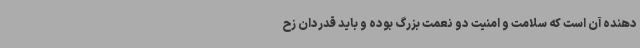
‌دهنده آن است که سلامت و امنیت دو نعمت بزرگ بوده و باید قدردان زح